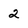
Character: 2